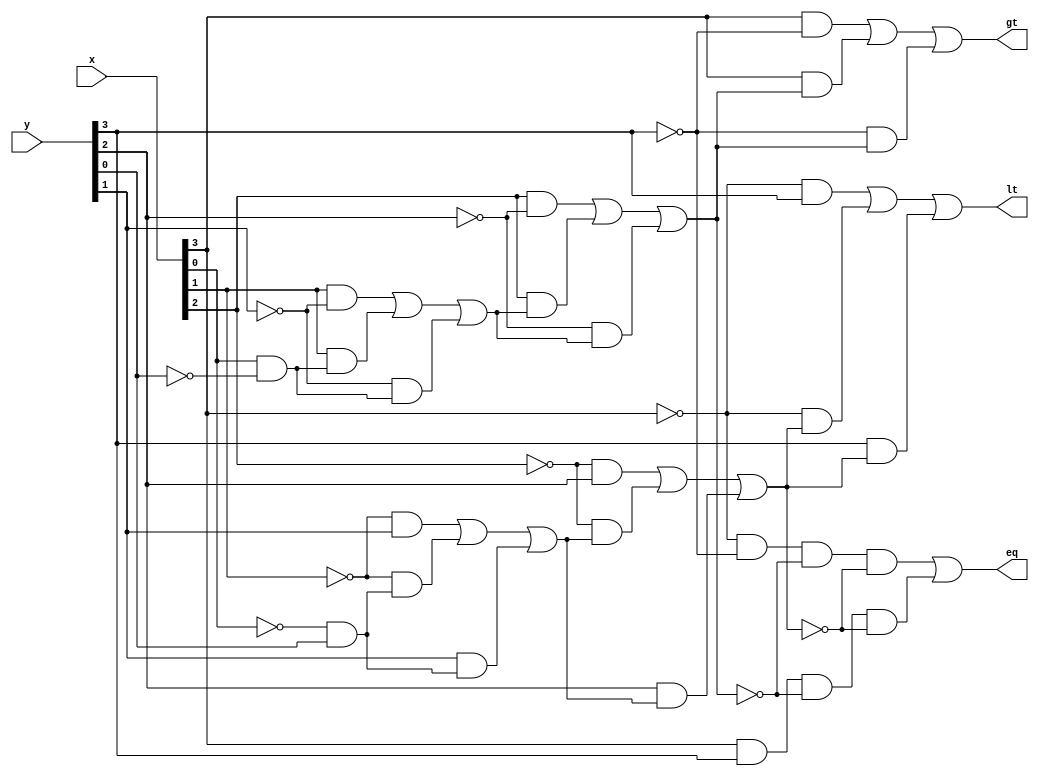
module comp4t(
  input wire [3:0] x,
  input wire [3:0] y,
  output reg gt,
  output reg eq,
  output reg lt
);
// internal signals
  reg [4:0] G;
  reg [4:0] L;
  reg [4:1] E;
  integer i;
  
  always @ (*) begin
    G[0] = 0;
	L[0] = 0;
	for(i=0;i<4;i=i+1)
	  comp1bit(x[i],y[i],G[i],L[i],G[i+1],L[i+1],E[i+1]);
	  gt = G[4];
	  eq = E[4];
	  lt = L[4];
  end
  task comp1bit(
	input x,
	input y,
	input Gin,
	input Lin,
	output Gout,
	output Lout,
	output Eout
  );
    begin
	  Gout = x & ~y | x & Gin | ~y & Gin;
	  Eout = ~x & ~y & ~Gin & ~Lin | x & y & ~Gin & ~Lin;
	  Lout = ~x & y | ~x & Lin | y & Lin;
	end
  endtask
endmodule